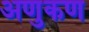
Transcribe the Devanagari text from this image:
अणुकण